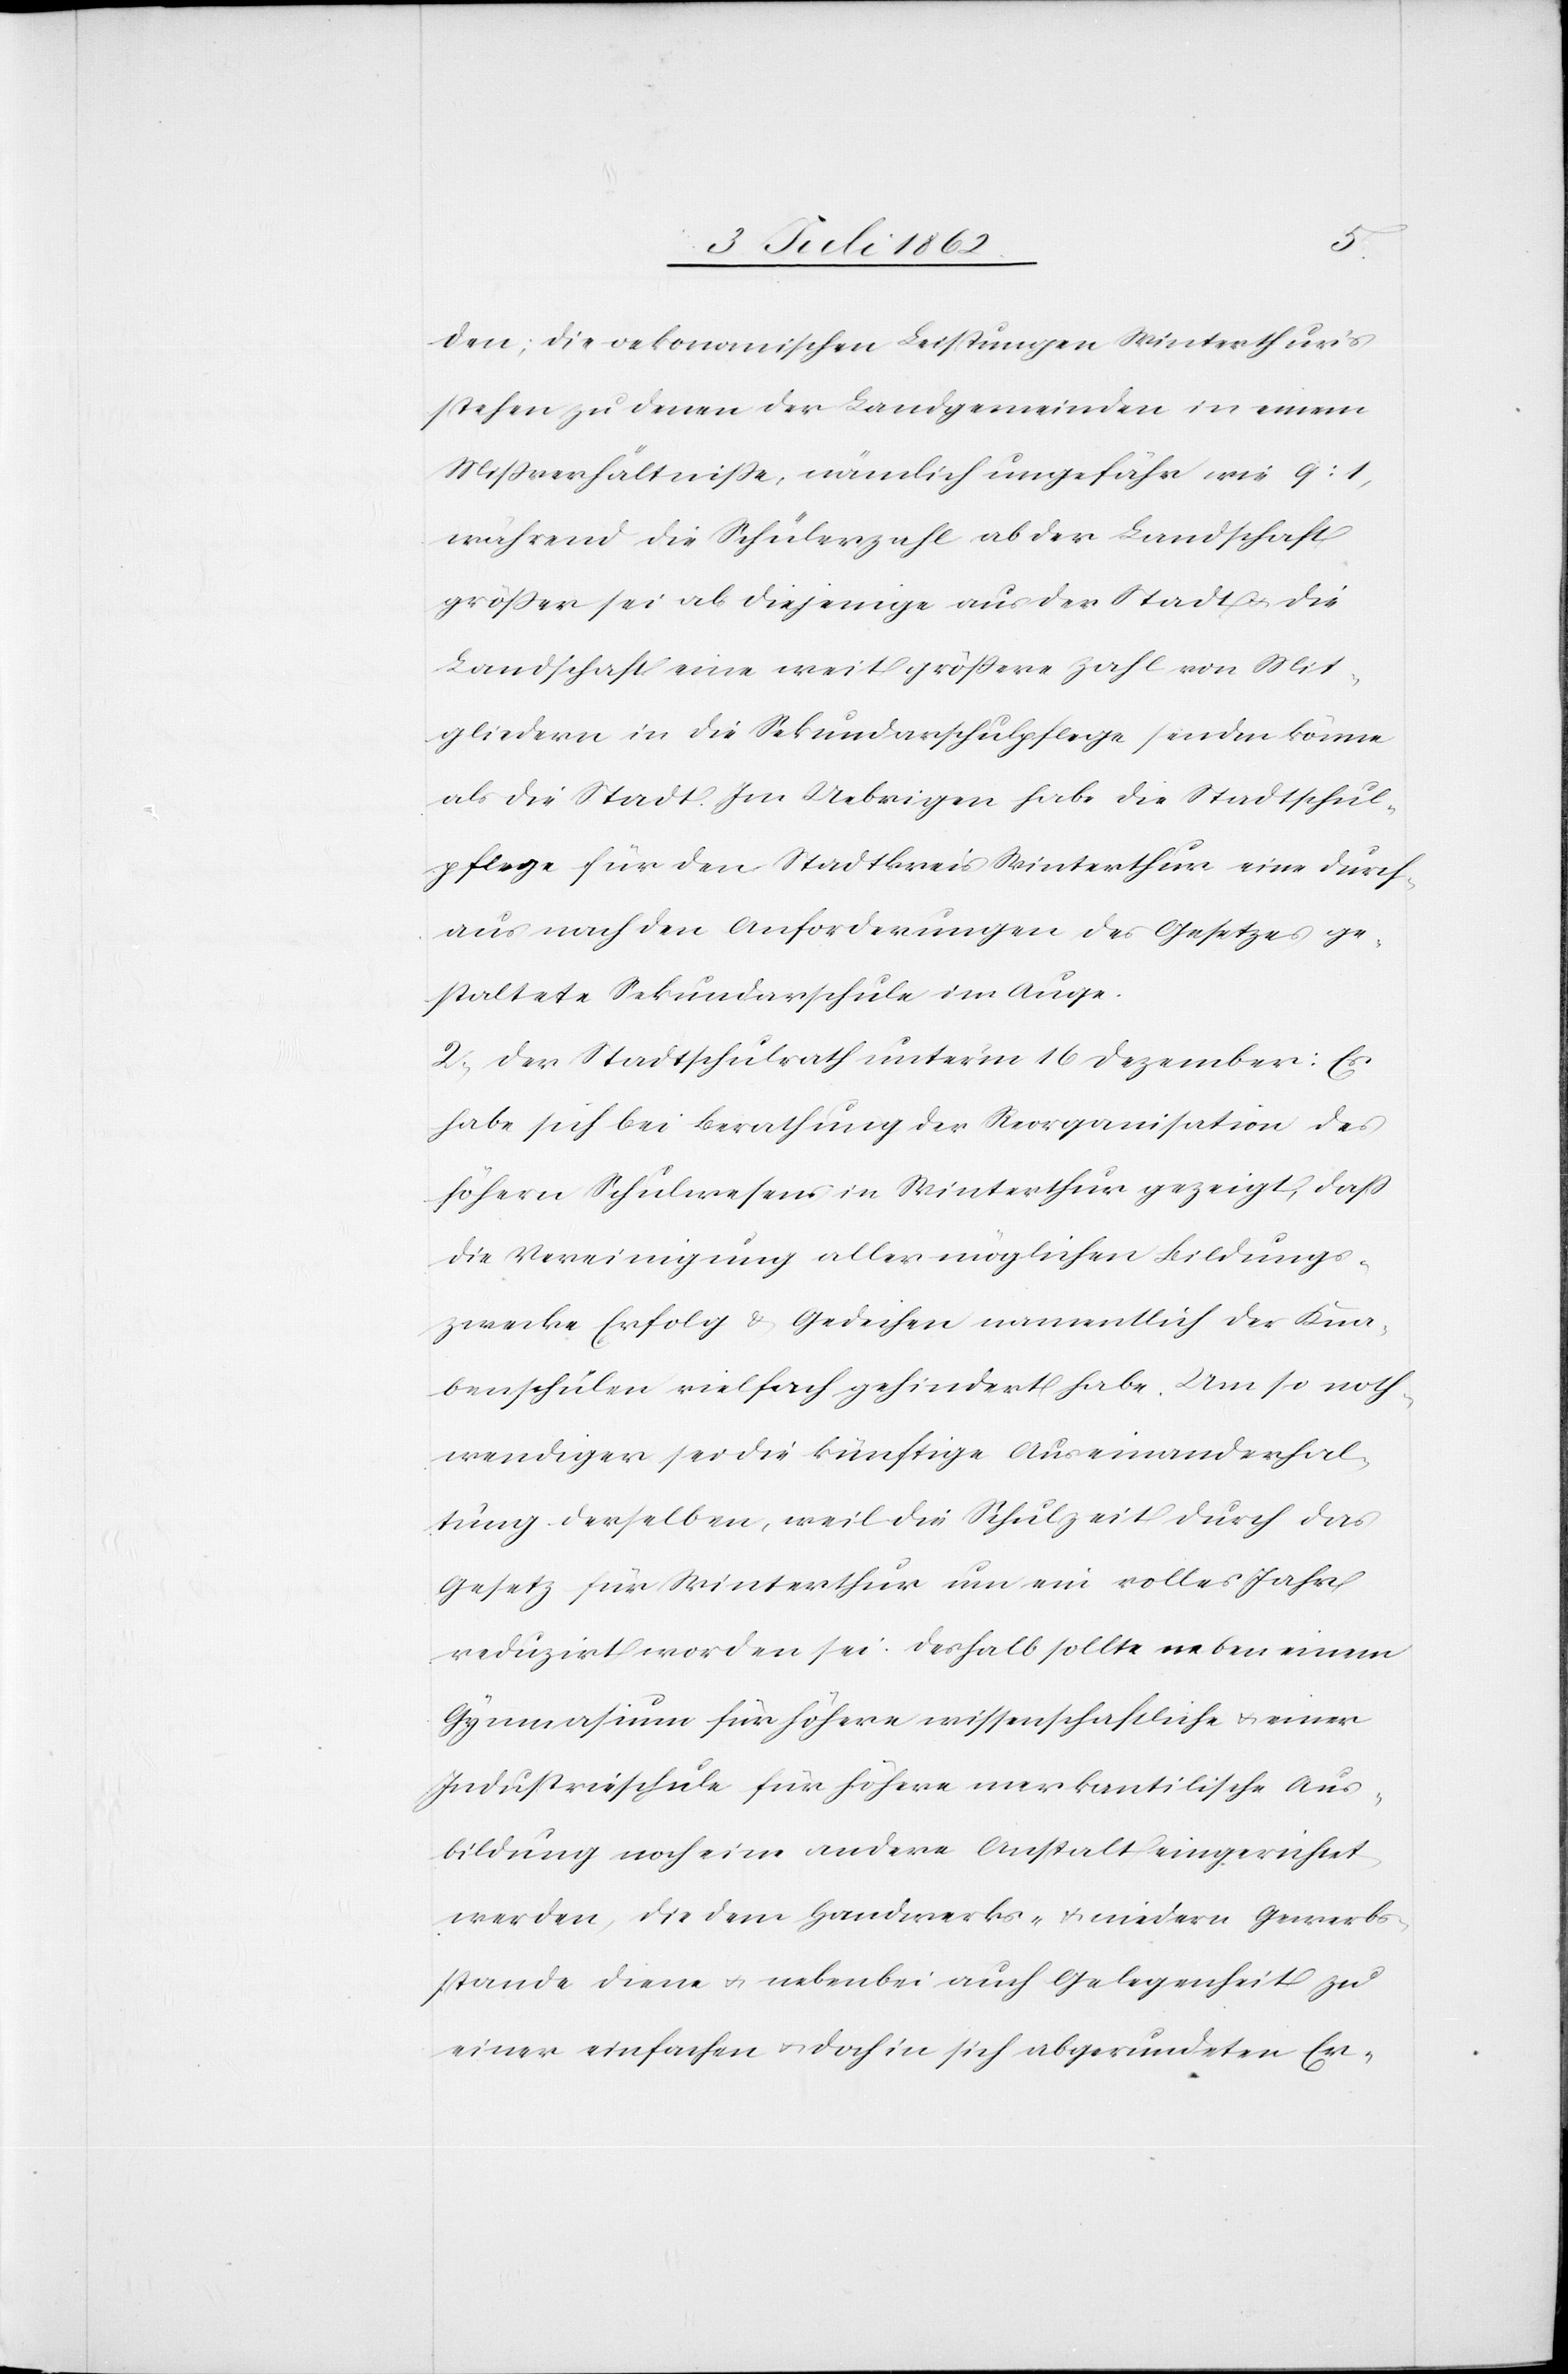
den, die oekonomischen Leistungen Winterthur’s
stehen zu denen der Landgemeinden in einem
Mißverhältniße; nämlich ungefähr wie 9:1,
während die Schülerzahl ab der Landschaft
größer sei als diejenige aus der Stadt u. die
Landschaft eine weit größere Zahl von Mit¬
gliedern in die Sekundarschulpflege senden könne
als die Stadt. Im Uebrigen habe die Stadtschul¬
pflege für den Stadtkreis Winterthur eine durch¬
aus nach den Anforderungen des Gesetzes ge¬
staltete Sekundarschule im Auge.
2. Der Stadtschulrath unter’m 16 Dezember: Es
habe sich bei Berathung der Reorganisation des
höhern Schulwesens in Winterthur gezeigt, daß
die Vereinigung aller möglichen Bildungs¬
zwecke Erfolg u. Gedeihen namentlich der Kna¬
benschulen vielfach gehindert habe. Um so noth¬
wendiger sei die künftige Auseinanderhal¬
tung derselben, weil die Schulzeit durch das
Gesetz für Winterthur um ein volles Jahr
reduzirt worden sei. Deshalb sollte neben einem
Gymnasium für höhere wissenschaftliche u. einer
Industrieschule für höhere merkantilische Aus¬
bildung noch eine andere Anstalt eingerichtet
werden, die dem Handwerks- u. niedern Gewerbs¬
stande diene u. nebenbei auch Gelegenheit zu
einer einfachen u. doch in sich abgerundeten Er-